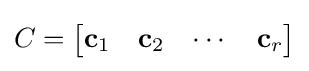
{\textstyle C={\begin{bmatrix}\mathbf {c} _{1}&\mathbf {c} _{2}&\cdots &\mathbf {c} _{r}\end{bmatrix}}}